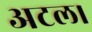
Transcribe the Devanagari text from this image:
अटल।